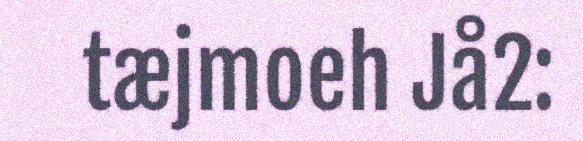
tæjmoeh Jå2: